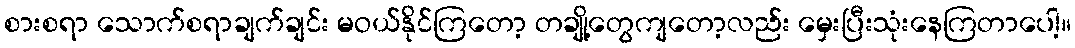
စားစရာ သောက်စရာချက်ချင်း မဝယ်နိုင်ကြတော့ တချို့တွေကျတော့လည်း မှေးပြီးသုံးနေကြတာပေါ့။